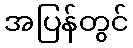
အပြန်တွင်